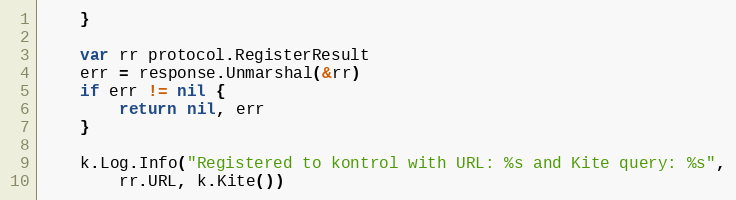
Language: Go
	}

	var rr protocol.RegisterResult
	err = response.Unmarshal(&rr)
	if err != nil {
		return nil, err
	}

	k.Log.Info("Registered to kontrol with URL: %s and Kite query: %s",
		rr.URL, k.Kite())